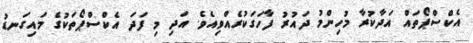
އެކްސްޕޯތައް އަދާކުރާ މުހިންމު ދައުރު ފާހަގަކުރެއްވިއެވެ. އަދި މި ފަދަ އެކްސްޕޯތަކުގެ މައިގަނޑު